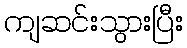
ကျဆင်းသွားပြီး